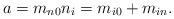
LaTeX: \begin{align*}a = m_{n0} n_{i} = m_{i0}+m_{in} .\end{align*}